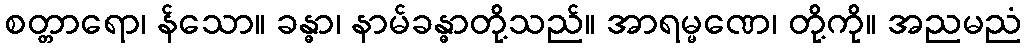
စတ္တာရော၊ န်သော။ ခန္ဓာ၊ နာမ်ခန္ဓာတို့သည်။ အာရမ္မဏေ၊ တို့ကို။ အညမညံ